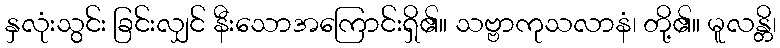
နှလုံးသွင်း ခြင်းလျှင် နီးသောအကြောင်းရှိ၏။ သဗ္ဗာကုသလာနံ၊ တို့၏။ မူလန္တိ၊